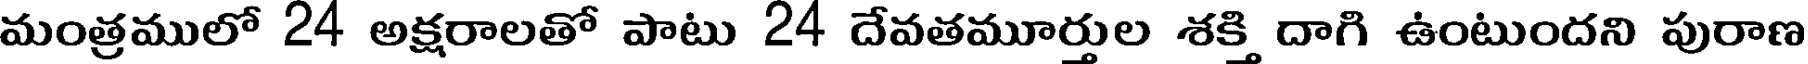
మంత్రములో 24 అక్షరాలతో పాటు 24 దేవతమూర్తుల శక్తి దాగి ఉంటుందని పురాణ